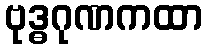
ဗုဒ္ဓဂုဏကထာ